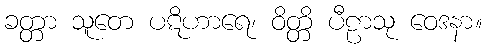
ခတ္တာ သူတေ ပဋိဟာရေ၊ ဝိတ္တိ ပီဠာသု ဝေဒနာ။